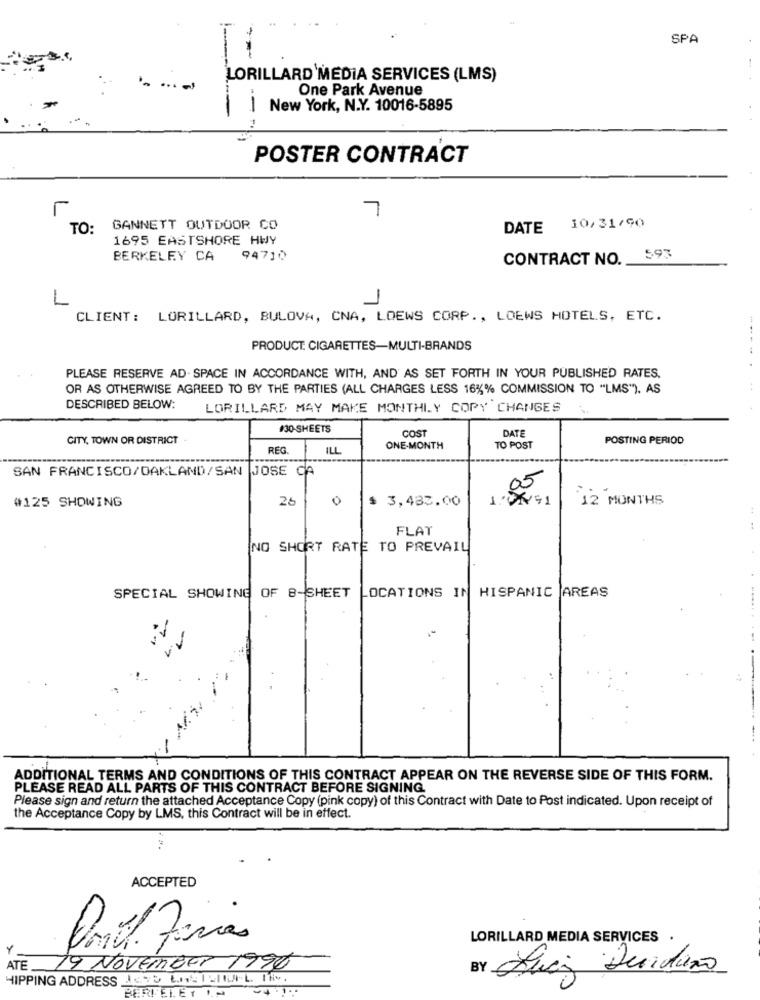
SPA
LORILLARD MEDIA SERVICES (LMS)
- ...-
One Park Avenue
New York, N.Y. 10016-5895
POSTER CONTRACT
r
7
TO:
GANNETT OUTDOOR CO
DATE 10/31/90
1695 EASTSHORE HWY
BERKELEY CA
94710
CONTRACT NO. 593
L
-
CLIENT: LORILLARD, BULOVA, CNA, LOEWS CORP ., LOEWS HOTELS, ETC.
PRODUCT: CIGARETTES-MULTI-BRANDS
PLEASE RESERVE AD . SPACE IN ACCORDANCE WITH, AND AS SET FORTH IN YOUR PUBLISHED RATES.
OR AS OTHERWISE AGREED TO BY THE PARTIES (ALL CHARGES LESS 16%% COMMISSION TO "LMS"), AS
..
DESCRIBED BELOW:
LORILLARD MAY MAKE MONTHLY COPY CHANGES
#30-SHEETS
COST
DATE
CITY, TOWN OR DISTRICT
POSTING PERIOD
REG.
ILL
ONE-MONTH
TO POST
SAN FRANCISCO/OAKLAND/SAN JOSE CA
05
#125 SHOWING
26
0
$ 3,433.00
12 MONTHS
FLAT
NO SHORT RATE TO PREVAIL
HISPANIC AREAS
SPECIAL SHOWING OF 8-SHEET
LOCATIONS IN
ADDITIONAL TERMS AND CONDITIONS OF THIS CONTRACT APPEAR ON THE REVERSE SIDE OF THIS FORM.
PLEASE READ ALL PARTS OF THIS CONTRACT BEFORE SIGNING.
Please sign and return the attached Acceptance Copy (pink copy) of this Contract with Date to Post indicated. Upon receipt of
the Acceptance Copy by LMS, this Contract will be in effect.
ACCEPTED
LORILLARD MEDIA SERVICES
Y
ATE
19 November 1990
BY
Aviez Desidero
HIPPING ADDRESS IS bn ISItLI.L. I.
BERIELET